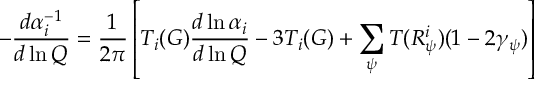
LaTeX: - \frac { d \alpha _ { i } ^ { - 1 } } { d \ln Q } = \frac { 1 } { 2 \pi } \left[ T _ { i } ( G ) \frac { d \ln \alpha _ { i } } { d \ln Q } - 3 T _ { i } ( G ) + \sum _ { \psi } T ( R _ { \psi } ^ { i } ) ( 1 - 2 \gamma _ { \psi } ) \right]